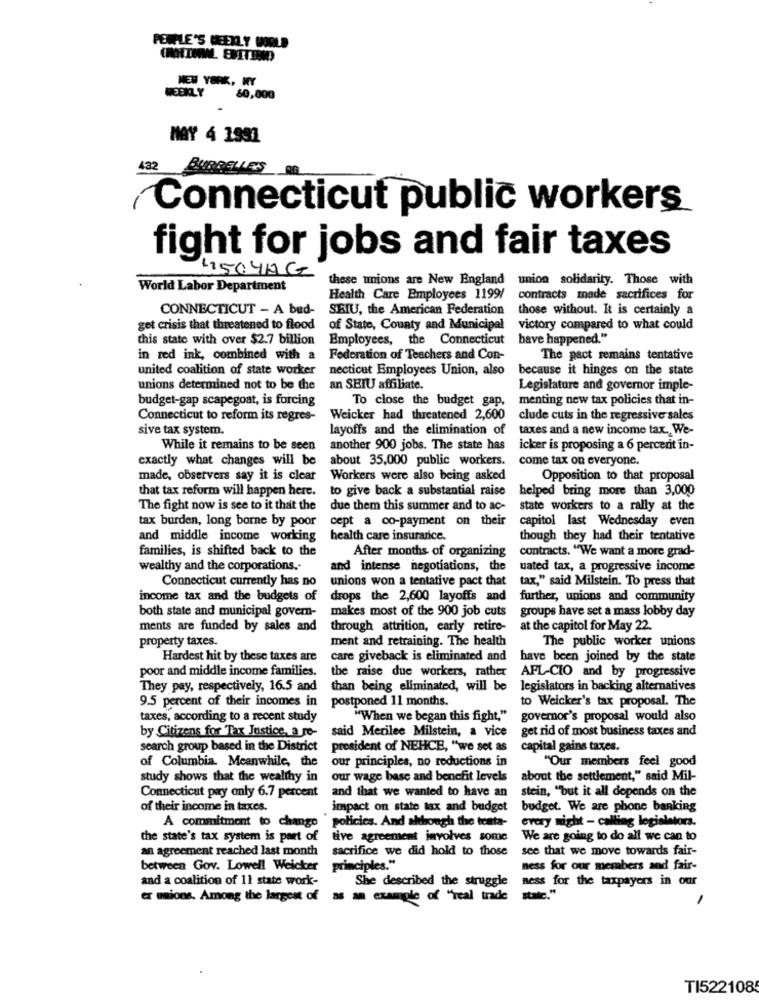
PENGLE'S WEEKLY WORLD
NEW YORK, NY
WEEKLY
60,000
MAY 4 1991
432
BURGELLES
Connecticut public workers
fight for jobs and fair taxes
4504MG
these unions are New England union solidarity. Those with
World Labor Department
Health Care Employees 1199/
contracts made sacrifices for
CONNECTICUT - A bud-
SEIU, the American Federation
those without. It is certainly a
get crisis that threatened to flood
of State, County and Municipal
victory compared to what could
this state with over $2.7 billion
Employees, the Connecticut
have happened."
in red ink, combined with a
Federation of Teachers and Con-
The pact remains tentative
united coalition of state worker
necticut Employees Union, also
because it hinges on the state
unions determined not to be the
an SEIU affiliate.
Legislature and governor imple-
budget-gap scapegoat, is forcing
To close the budget gap,
menting new tax policies that in-
Connecticut to reform its regres-
Weicker had threatened 2,600
clude cuts in the regressive sales
sive tax system.
layoffs and the elimination of
taxes and a new income tax. We-
While it remains to be seen
another 900 jobs. The state has
icker is proposing a 6 percent in-
exactly what changes will be
about 35,000 public workers.
come tax on everyone.
made, observers say it is clear
Workers were also being asked
Opposition to that proposal
that tax reform will happen here.
to give back a substantial raise
helped bring more than 3,000
The fight now is see to it that the
due them this summer and to ac-
state workers to a rally at the
tax burden, long borne by poor
cept a co-payment on their
capitol last Wednesday even
and middle income working
health care insurance.
though they had their tentative
families, is shifted back to the
After months of organizing
contracts. "We want a more grad-
wealthy and the corporations ..
and intense negotiations, the
uated tax, a progressive income
Connecticut currently has no
unions won a tentative pact that
tax," said Milstein. To press that
income tax and the budgets of
drops the 2,600 layoffs and
further, unions and community
both state and municipal govern-
makes most of the 900 job cuts
groups have set a mass lobby day
ments are funded by sales and
through attrition, early retire-
at the capitol for May 22.
property taxes.
ment and retraining. The health
The public worker unions
Hardest hit by these taxes are
care giveback is eliminated and
have been joined by the state
poor and middle income families.
the raise due workers, rather AFL-CIO and by progressive
They pay, respectively, 16.5 and
than being eliminated, will be
legislators in backing alternatives
9.5 percent of their incomes in
postponed 11 months.
to Weicker's tax proposal. The
taxes, according to a recent study
"When we began this fight,"
governor's proposal would also
get rid of most business taxes and
by Citizens for Tax Justice, a re-
said Merilee Milstein, a vice
search group based in the District
president of NEHCE, "we set as
capital gains taxes.
of Columbia. Meanwhile, the
our principles, no reductions in
"Our members feel good
study shows that the wealthy in
our wage base and benefit levels
about the settlement," said Mil-
and that we wanted to have an
stein, "but it all depends on the
Connecticut pay only 6.7 percent
of their income in taxes.
impact on state tax and budget
budget. We are phone banking
A commitment to
policies. And although the tenta-
every night - calling legislators.
change
the state's tax system is part of
tive agreement involves some
We are going to do all we can to
an agreement reached last month
sacrifice we did hold to those
see that we move towards fair-
between Gov. Lowell Weicker
principles."
ness for our members and fair-
and a coalition of 11 state work-
She described the struggle
ness for the taxpayers in our
er mions. Among the largest of
a example of "real trade
state . "
TI522108